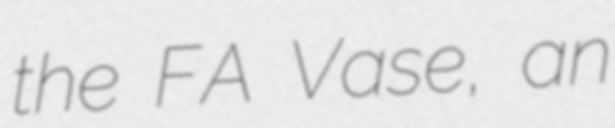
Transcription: the FA Vase, an